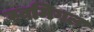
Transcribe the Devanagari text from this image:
स्वमिगल